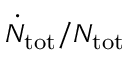
\dot { N } _ { \mathrm { { t o t } } } / N _ { \mathrm { { t o t } } }